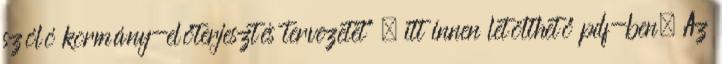
szóló kormány-előterjesztés tervezetet” , itt innen letölthető pdf-ben. Az